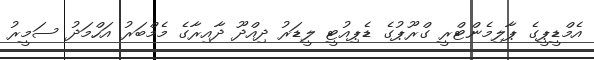
އެމްޑީޕީގެ ޕާލިމެންޓްރީ ގްރޫޕުގެ ޑެޕިއުޓީ ލީޑަރު ދިއްދޫ ދާއިރާގެ މެމްބަރު އަހްމަދު ސަމީރު